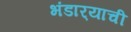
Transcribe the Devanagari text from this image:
भंडार्‍याची